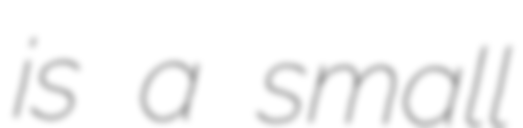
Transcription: is a small